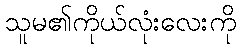
သူမ၏ကိုယ်လုံးလေးကို